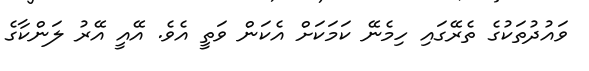
ވައުދުތަކުގެ ތެރޭގައި ހިމެނޭ ކަމަކަށް އެކަން ވަތީ އެވެ. އޭއީ އޭރު ލަންކާގެ